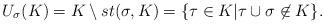
LaTeX: \begin{align*}U_\sigma(K)=K\setminus st(\sigma,K) =\{\tau\in K| \tau\cup\sigma\not\in K\}.\end{align*}